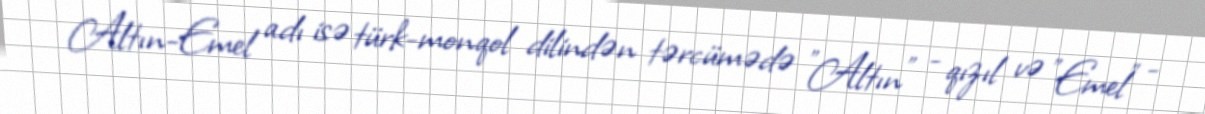
Altın-Emel adı isə türk-monqol dilindən tərcümədə "Altın" - qızıl və "Emel" -